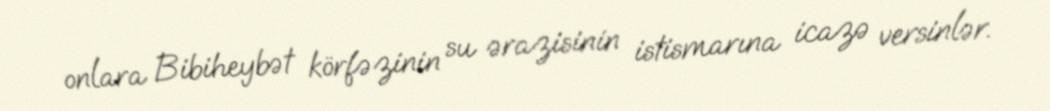
onlara Bibiheybət körfəzinin su ərazisinin istismarına icazə versinlər.